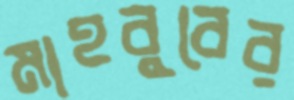
মাহবুবের